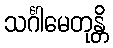
သင်္ဂါမေတုန္တိ